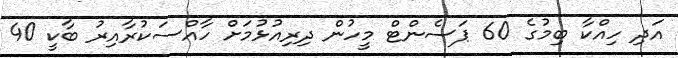
އަދި ހިއްކާ ބިމުގެ 60 ޕަސެންޓް މީހުން ދިރިއުޅުމަށް ހާއްސަކުރާއިރު ބާކީ 40